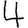
Digit: 4